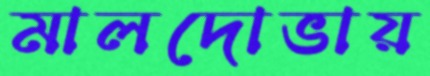
মালদোভায়